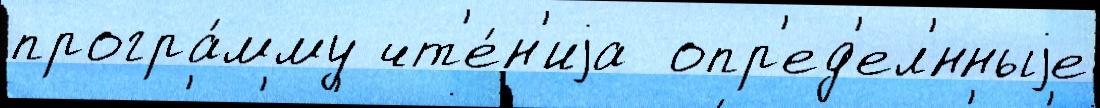
програ́мму чт'е́н'иjа  опр'ед'ел'́нныjе